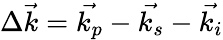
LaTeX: \Delta\vec{k}=\vec{k_{p}}-\vec{k_{s}}-\vec{k_{i}}